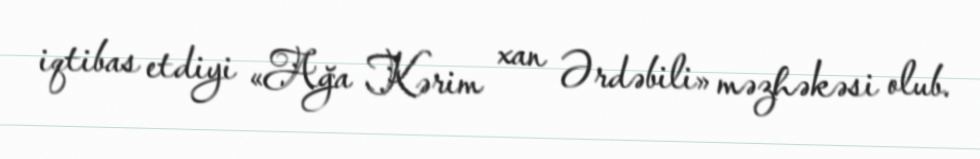
iqtibas etdiyi «Ağa Kərim xan Ərdəbili» məzhəkəsi olub.